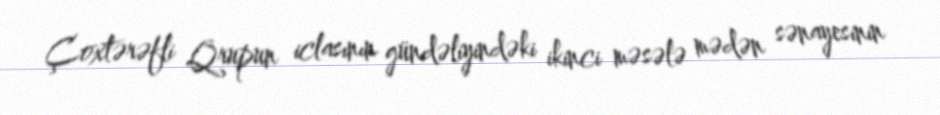
Çoxtərəfli Qrupun iclasının gündəliyindəki ikinci məsələ mədən sənayesinin